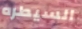
السيطره